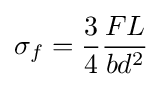
\sigma _{f}={\frac {3}{4}}{\frac {FL}{bd^{2}}}